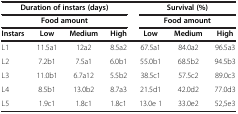
| <COLSPAN=4> Duration of instars (days) | <COLSPAN=3> Survival (%) |
 | <COLSPAN=4> Food amount | <COLSPAN=3> Food amount |
 | Instars | Low | Medium | High | Low | Medium | High |
 | --- | --- | --- | --- | --- | --- | --- |
 | L1 | 11.5a1 | 12a2 | 8.5a2 | 67.5a1 | 84.0a2 | 96.5a3 |
 | L2 | 7.2b1 | 7.5a1 | 6.0b1 | 55.0b1 | 68.5b2 | 94.5b3 |
 | L3 | 11.0b1 | 6.7a12 | 5.5b2 | 38.5c1 | 57.5c2 | 89.0c3 |
 | L4 | 8.5b1 | 13.0b2 | 8.7a3 | 21.5d1 | 42.0d2 | 77.0d3 |
 | L5 | 1.9c1 | 1.8c1 | 1.8c1 | 13.0e 1 | 33.0e2 | 52,5e3 |